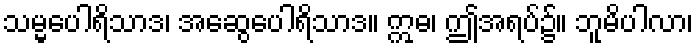
သမ္မပေါရိသာဒ၊ အဆွေပေါရိသာဒ။ ဣဓ၊ ဤအရပ်၌။ ဘူမိပါလာ၊